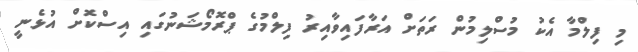
މި ފިލްމާ އެކު މުސްލިމުން ރަތަށް އަރާފައިވާއިރު ފިލްމުގެ ޕްރޮމޯޝަނުގައި އިސްކޮށް އުޅެނީ